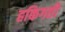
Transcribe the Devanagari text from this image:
हकिगती